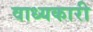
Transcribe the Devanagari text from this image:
वाध्यकारी